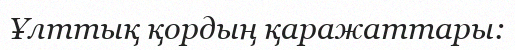
Ұлттық қордың қаражаттары: